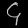
Digit: ၄